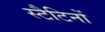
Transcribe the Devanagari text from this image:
स्टैटिनों